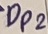
Text: Dp2